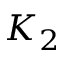
K _ { 2 }